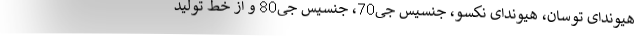
هیوندای توسان، هیوندای نکسو، جنسیس جی70، جنسیس جی80 و از خط تولید